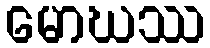
မောဃဿ